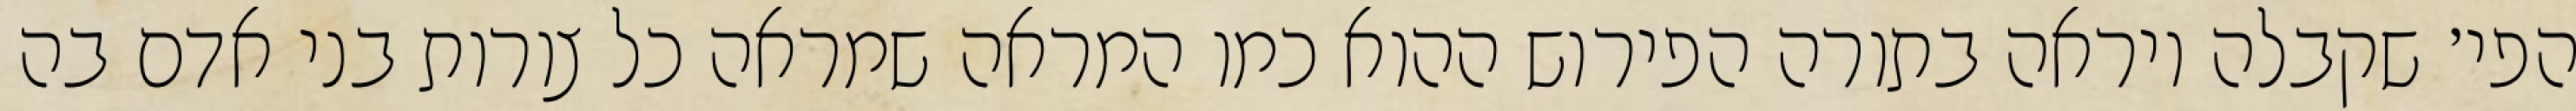
הפי׳ שקבלה ויראה בתורה הפירוש ההוא כמו המראה שמראה כל צורות בני אדם בה